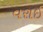
વરાઈ